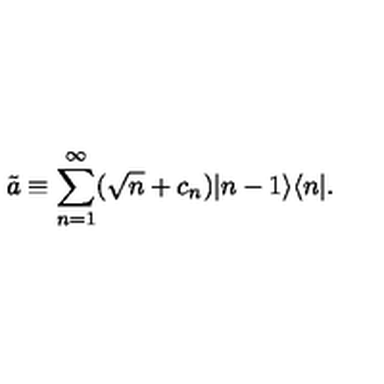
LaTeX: \tilde { a } \equiv \sum _ { n = 1 } ^ { \infty } ( \sqrt { n } + c _ { n } ) | n - 1 \rangle \langle n | .